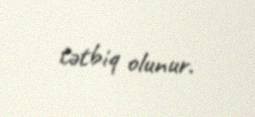
tətbiq olunur.